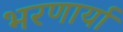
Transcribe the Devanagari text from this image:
भरणार्या